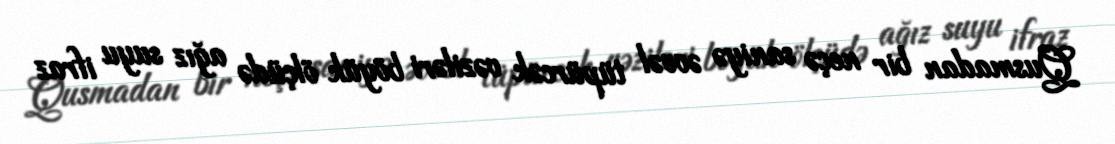
Qusmadan bir neçə saniyə əvvəl tüpürcək vəziləri böyük ölçüdə ağız suyu ifraz